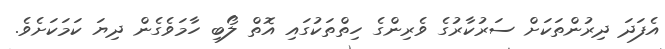
އެފަދަ ދިރުންތަކަށް ސަރުކާރުގެ ވެރިންގެ ހިތްތަކުގައި އޮތް ލޯބި ހާމަވެގެން ދިޔަ ކަމަކަށެވެ.